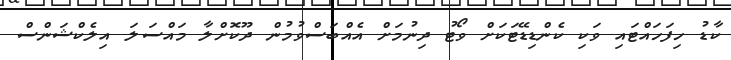
ކާޑު ހިފަހައްޓައި ވަކި ކެންޑިޑޭޓަކަށް ވޯޓު ދިނުމަށް އެއްބަސްވުމުން ދޫކޮށްލާ މައްސަލަ އިލެކްޝަންސް